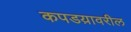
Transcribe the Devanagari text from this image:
कपडय़ावरील